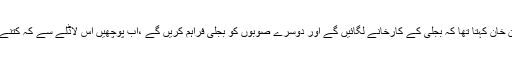
انہوں نے کہا کہ عمران خان کہتا تھا کہ بجلی کے کارخانے لگائیں گے اور دوسرے صوبوں کو بجلی فراہم کریں گے ،اب پوچھیں اس لاڈلے سے کہ کتنے کارخانے لگائے ہیں ؟